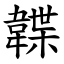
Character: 韘